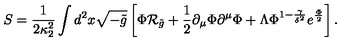
S = { \frac { 1 } { 2 \kappa _ { 2 } ^ { 2 } } } \int d ^ { 2 } x \sqrt { - \tilde { g } } \left[ \Phi { \cal R } _ { \tilde { g } } + { \frac { 1 } { 2 } } \partial _ { \mu } \Phi \partial ^ { \mu } \Phi + \Lambda \Phi ^ { 1 - { \frac { \gamma } { \delta ^ { 2 } } } } e ^ { \frac { \Phi } { 2 } } \right] .